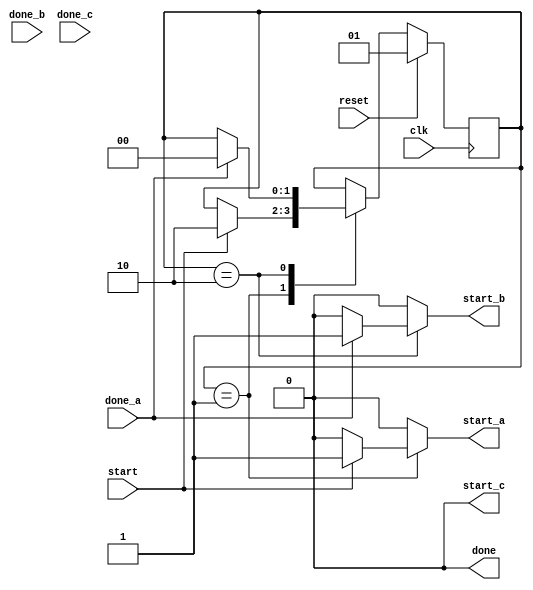
module fsm(
			input clk,
			input reset,
			input start,
			input done_a,
			input done_b,
			input done_c,

			output reg start_a,
			output reg start_b,
			output reg start_c,
			output reg done
			);

parameter IDLE   = 4'b0001;
parameter WAIT_A = 4'b0010;
parameter WAIT_B = 4'b0100;
parameter WAIT_C = 4'b1000;

reg [1:0] state;
reg [1:0] state_nxt;

always@(posedge clk)
begin
   if(reset)
      state <=  IDLE;
   else
      state <=  state_nxt;
end

always@(*)
begin
  start_a   = 0;
  start_b   = 0;
  start_c   = 0;
  done      = 0;
  state_nxt = state;
  case(state)
  IDLE:
    if(start)
    begin
      start_a   = 1;
      state_nxt = WAIT_A;
    end
  WAIT_A:
    if(done_a)
    begin
      start_b   = 1;
      state_nxt = WAIT_B;
    end
  WAIT_B:
    if(done_b)
    begin
      start_c   = 1;
      state_nxt = WAIT_C;
    end
  WAIT_C:
    if(done_c)
    begin
      done      = 1;
      state_nxt = IDLE;
    end
  endcase
end
endmodule